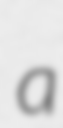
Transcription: a